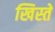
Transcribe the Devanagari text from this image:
खिस्ते